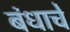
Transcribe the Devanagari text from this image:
बंधाचे